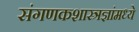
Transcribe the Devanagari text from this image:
संगणकशास्त्रज्ञांमध्ये